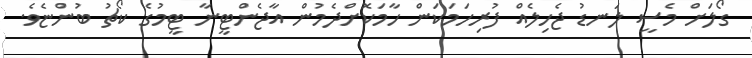
ގޯލަށް މެސީ ލަނޑު ޖެހިލެއް ފުރިހަމަކަން ހާމަކޮށްދެމުން އާޖެންޓީނާ ޓީމުގެ ކޯޗު ބުންޏެވެ.